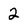
Character: 2